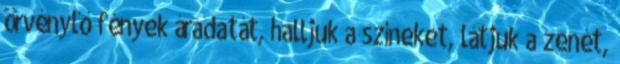
örvénylő fények áradatát, halljuk a színeket, látjuk a zenét,